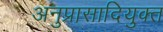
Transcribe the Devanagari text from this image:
अनुप्रासादियुक्त